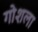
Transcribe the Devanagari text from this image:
गोशला